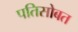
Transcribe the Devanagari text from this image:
पतिसोबत